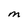
Character: M